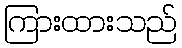
ကြားထားသည်